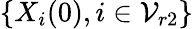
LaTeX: \{ X_{i}(0),i\in\mathcal{V}_{r2}\}